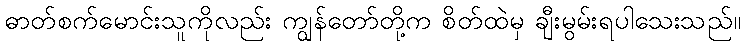
ဓာတ်စက်မောင်းသူကိုလည်း ကျွန်တော်တို့က စိတ်ထဲမှ ချီးမွမ်းရပါသေးသည်။